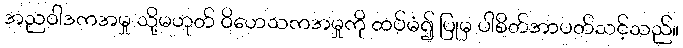
အညဝါဒကအမှု သို့မဟုတ် ဝိဟေသကအမှုကို ထပ်မံ၍ ပြုမှ ပါစိတ်အာပတ်သင့်သည်။